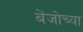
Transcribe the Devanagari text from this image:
बेंजोच्या